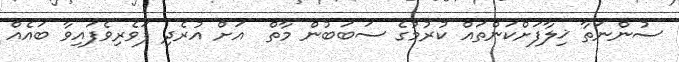
ސުންނަތާ ޚިލާފަށްކަންތައް ކުރުމުގެ ސަބަބުން މާތް  އަށް އުރެދި ފަވެރިވެފައިވާ ބައެއް